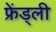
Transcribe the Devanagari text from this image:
फ्रेंड्ली